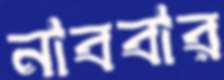
নাববার